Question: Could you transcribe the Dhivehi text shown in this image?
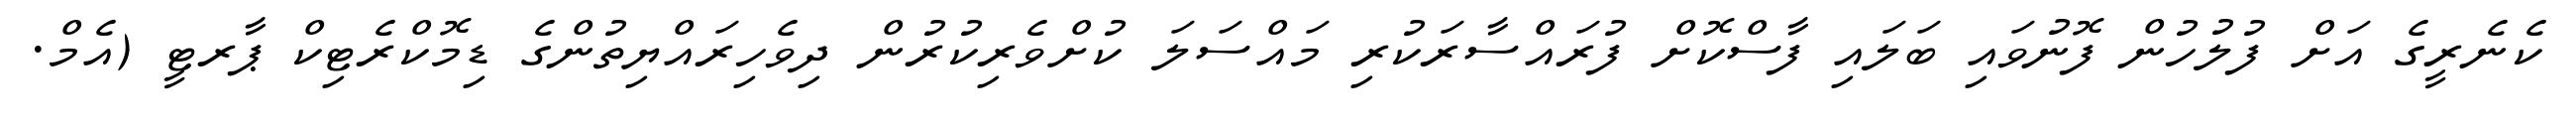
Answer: ކެނެރީގެ އަށް ފުލުހުން ފޮނުވައި ބަލައި ފާސްކޮށް ފުރައްސާރަކުރި މައްސަލަ ކުށްވެރިކުރުން ދިވެހިރައްޔިތުންގެ ޑިމޮކްރެޓިކް ޕާރޓީ (އެމް.